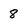
Character: 8